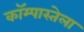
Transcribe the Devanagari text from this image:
कॉम्पास्तेला